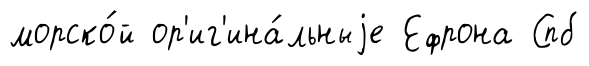
морско́й ор'иг'ина́льныjе Ефрона Спб